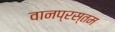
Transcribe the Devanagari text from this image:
वानप्रस्तम